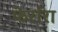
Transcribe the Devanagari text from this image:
फेर्रारा